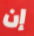
إن